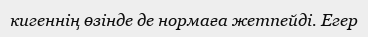
кигеннің өзінде де нормаға жетпейді. Егер